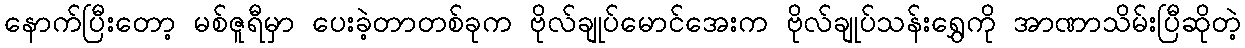
နောက်ပြီးတော့ မစ်ဇူရီမှာ ပေးခဲ့တာတစ်ခုက ဗိုလ်ချုပ်မောင်အေးက ဗိုလ်ချုပ်သန်းရွှေကို အာဏာသိမ်းပြီဆိုတဲ့